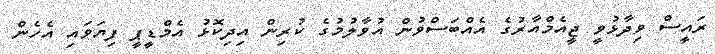
ރައީސް ވިދާޅުވީ ޖީއެމްއާރުގެ އެއްބަސްވުން އުވާލުމުގެ ކުރިން އިދިކޮޅު އެމްޑީޕީ ފިޔަވައި އެހެން